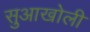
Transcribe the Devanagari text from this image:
सुआखोली